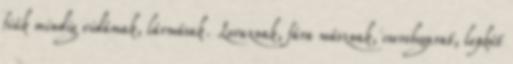
fiúk mindig vidámak, lármásak. Lovaznak, fára másznak, cserebogarat, lepkét